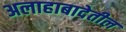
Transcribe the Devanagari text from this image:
अलाहाबादेतील